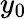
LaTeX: y_{0}